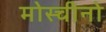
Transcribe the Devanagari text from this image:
मोस्चीनो